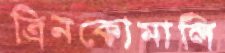
ত্রিনকোমালি